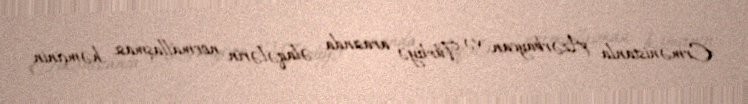
Ermənistanla Azərbaycan və Türkiyə arasında əlaqələrin normallaşması, həmçinin